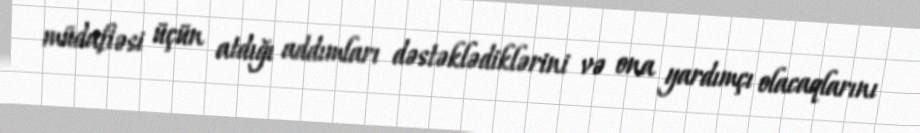
müdafiəsi üçün atdığı addımları dəstəklədiklərini və ona yardımçı olacaqlarını